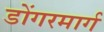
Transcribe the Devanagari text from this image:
डोंगरमार्ग